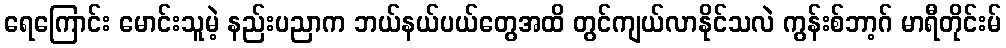
ရေကြောင်း မောင်းသူမဲ့ နည်းပညာက ဘယ်နယ်ပယ်တွေအထိ တွင်ကျယ်လာနိုင်သလဲ ကွန်းစ်ဘာ့ဂ် မာရီတိုင်းမ်